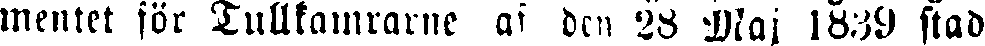
mentet för Tullkamrarne af den 26 Maj 1839 stad